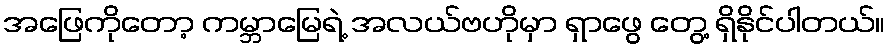
အဖြေကိုတော့ ကမ္ဘာမြေရဲ့ အလယ်ဗဟိုမှာ ရှာဖွေ တွေ့ ရှိနိုင်ပါတယ်။